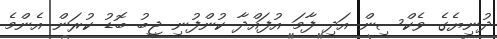
ދުނިޔެގެ ވެކްސިން އަދި ފާމަ އުފައްދާ ކުންފުނި ޖީބު ބޮޑު ކުރަން އެންމެ